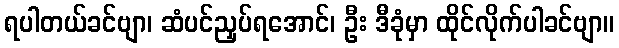
ရပါတယ်ခင်ဗျာ၊ ဆံပင်ညှပ်ရအောင်၊ ဦး ဒီခုံမှာ ထိုင်လိုက်ပါခင်ဗျာ။